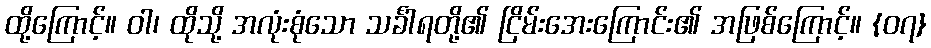
ထို့ကြောင့်။ ဝါ၊ ထိုသို့ အလုံးစုံသော သင်္ခါရတို့၏ ငြိမ်းအေးကြောင်း၏ အဖြစ်ကြောင့်။ {၀၇}